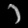
Digit: ၁